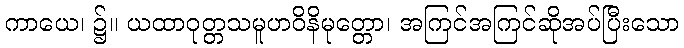
ကာယေ၊ ၌။ ယထာဝုတ္တသမူဟဝိနိမုတ္တော၊ အကြင်အကြင်ဆိုအပ်ပြီးသော